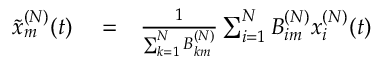
\begin{array} { r l r } { \tilde { x } _ { m } ^ { ( N ) } ( t ) } & { { } = } & { \frac { 1 } { \sum _ { k = 1 } ^ { N } B _ { k m } ^ { ( N ) } } \sum _ { i = 1 } ^ { N } B _ { i m } ^ { ( N ) } x _ { i } ^ { ( N ) } ( t ) } \end{array}